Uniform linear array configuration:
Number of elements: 16
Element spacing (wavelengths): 1
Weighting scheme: cosine
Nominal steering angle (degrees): -45
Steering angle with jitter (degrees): -46.683
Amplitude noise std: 0.05
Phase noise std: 0.05

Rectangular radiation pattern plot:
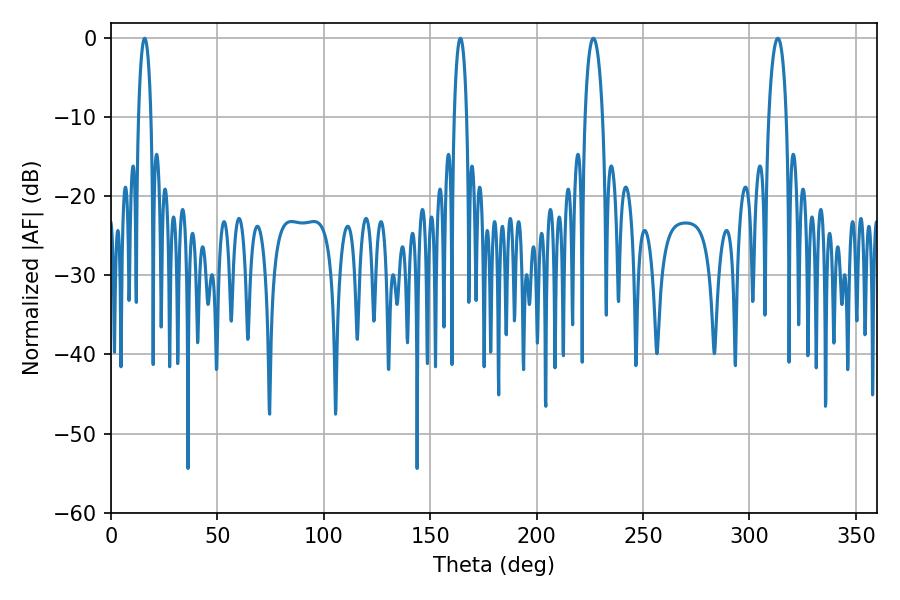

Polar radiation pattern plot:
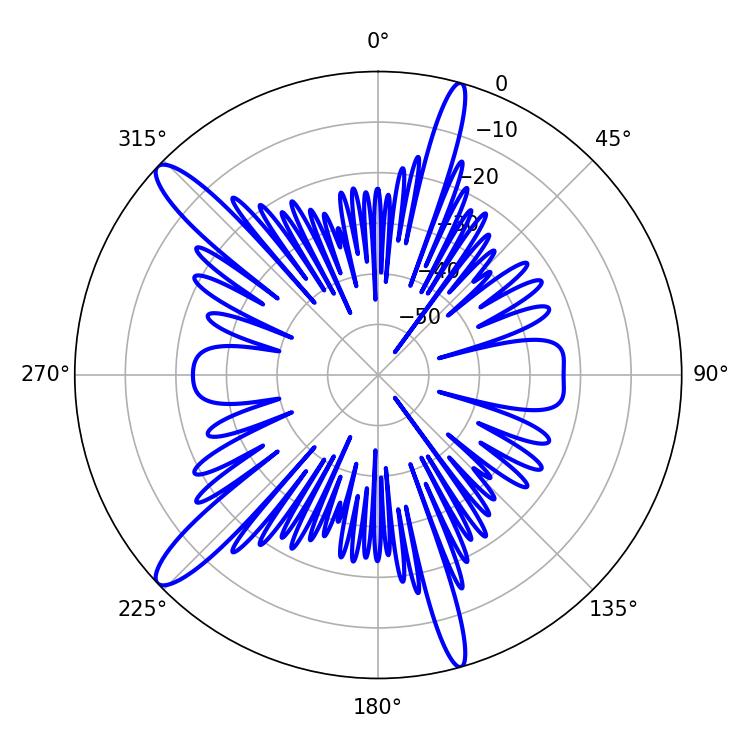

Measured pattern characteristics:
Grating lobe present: TRUE
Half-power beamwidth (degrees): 3.24
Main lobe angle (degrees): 15.84